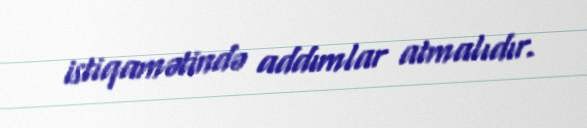
istiqamətində addımlar atmalıdır.